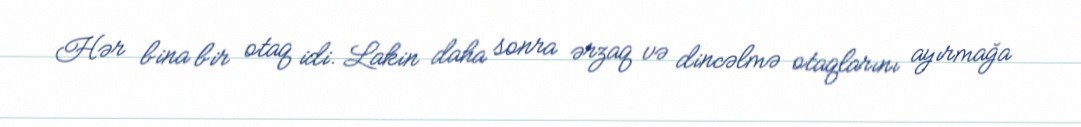
Hər bina bir otaq idi. Lakin daha sonra ərzaq və dincəlmə otaqlarını ayırmağa